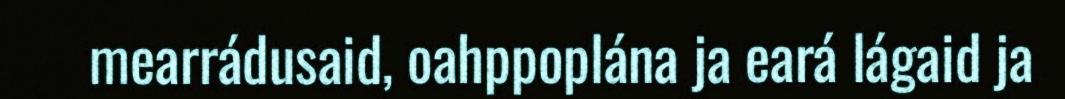
mearrádusaid, oahppoplána ja eará lágaid ja